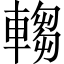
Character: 𬧺